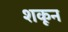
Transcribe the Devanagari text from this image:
शकून